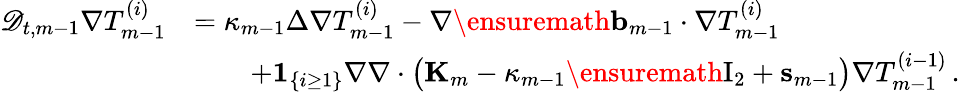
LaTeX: \begin{array}{rl}{\mathscr{D}_{t,m-1}\nabla T_{m-1}^{(i)}}&{=\kappa_{m-1}\Delta\nabla T_{m-1}^{(i)}-\nabla\ensuremath{\mathbf{b}}_{m-1}\cdot\nabla T_{m-1}^{(i)}}\\ &{\qquad+{\mathbf 1}_{\{ i\geq 1\} }\nabla\nabla\cdot\bigl(\mathbf{K}_{m}-\kappa_{m-1}\ensuremath{\mathrm{I}_{2}}+\mathbf{s}_{m-1}\bigr)\nabla T_{m-1}^{(i-1)}\, .}\end{array}